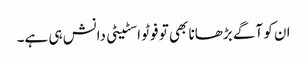
ان کو آگے بڑھانا بھی تو فوٹو اسٹیٹی دانش ہی ہے۔